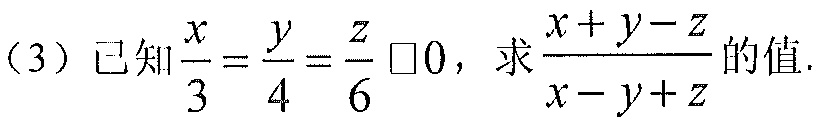
(3) 已知\(\frac{x}{3}=\frac{y}{4}=\frac{z}{6}\neq0\)，求\(\frac{x + y - z}{x - y + z}\)的值.